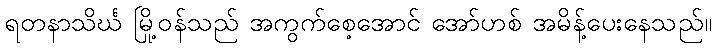
ရတနာသိင်္ဃ မြို့ဝန်သည် အကွက်စေ့အောင် အော်ဟစ် အမိန့်ပေးနေသည်။